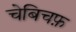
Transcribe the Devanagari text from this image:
चेबिचफ़